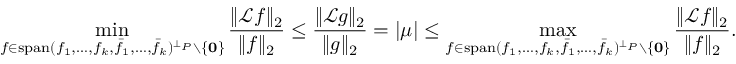
\operatorname* { m i n } _ { f \in \mathrm { s p a n } ( f _ { 1 } , \ldots , f _ { k } , \bar { f } _ { 1 } , \ldots , \bar { f } _ { k } ) ^ { \bot _ { P } } \setminus \{ \mathbf { 0 } \} } \frac { \| \mathcal { L } f \| _ { 2 } } { \| f \| _ { 2 } } \le \frac { \| \mathcal { L } g \| _ { 2 } } { \| g \| _ { 2 } } = | \mu | \le \operatorname* { m a x } _ { f \in \mathrm { s p a n } ( f _ { 1 } , \ldots , f _ { k } , \bar { f } _ { 1 } , \ldots , \bar { f } _ { k } ) ^ { \bot _ { P } } \setminus \{ \mathbf { 0 } \} } \frac { \| \mathcal { L } f \| _ { 2 } } { \| f \| _ { 2 } } .